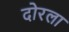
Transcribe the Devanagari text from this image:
दोरला